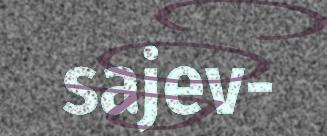
sajev-